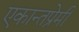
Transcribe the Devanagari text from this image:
एकान्तप्रेमी